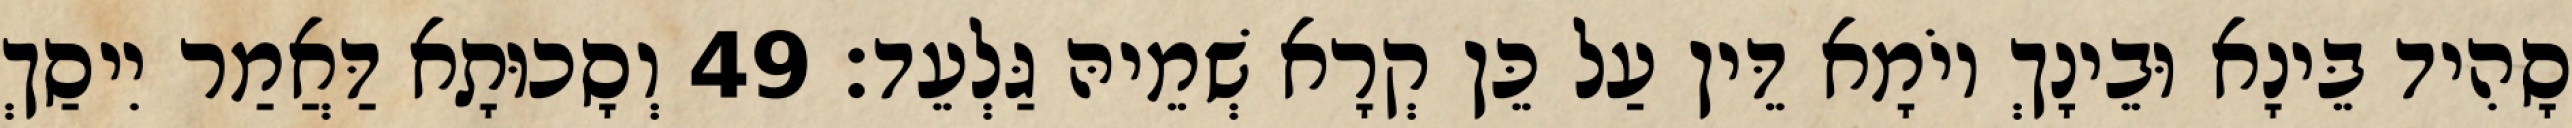
סָהִיד בֵּינָא וּבֵינָךְ יוֹמָא דֵּין עַל כֵּן קְרָא שְׁמֵיהּ גַּלְעֵד׃ 49 וְסָכוּתָא דַּאֲמַר יִיסַךְ